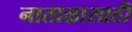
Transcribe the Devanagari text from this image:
नाताळासाठी